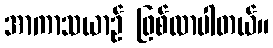
အာကာသယာဉ် ဖြစ်လာပါတယ်။